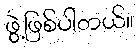
ဖွဲ့ဖြစ်ပါတယ်။